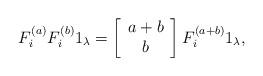
LaTeX: \begin{align*} F_i^{(a)}F_i^{(b)}1_\lambda=\left[ \begin{array}{c}a+b\\b\end{array}\right]F_i^{(a+b)}1_\lambda,\end{align*}